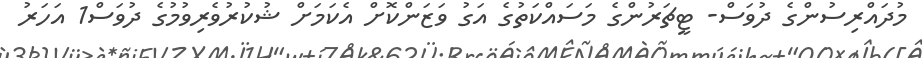
މުދައްރިސުންގެ ދުވަސް- ޓީޗަރުންގެ މަސައްކަތުގެ އަގު ވަޒަންކޮށް އެކަމަށް ޝުކުރުވެރިވުމުގެ ދުވަސް1 އަހަރު